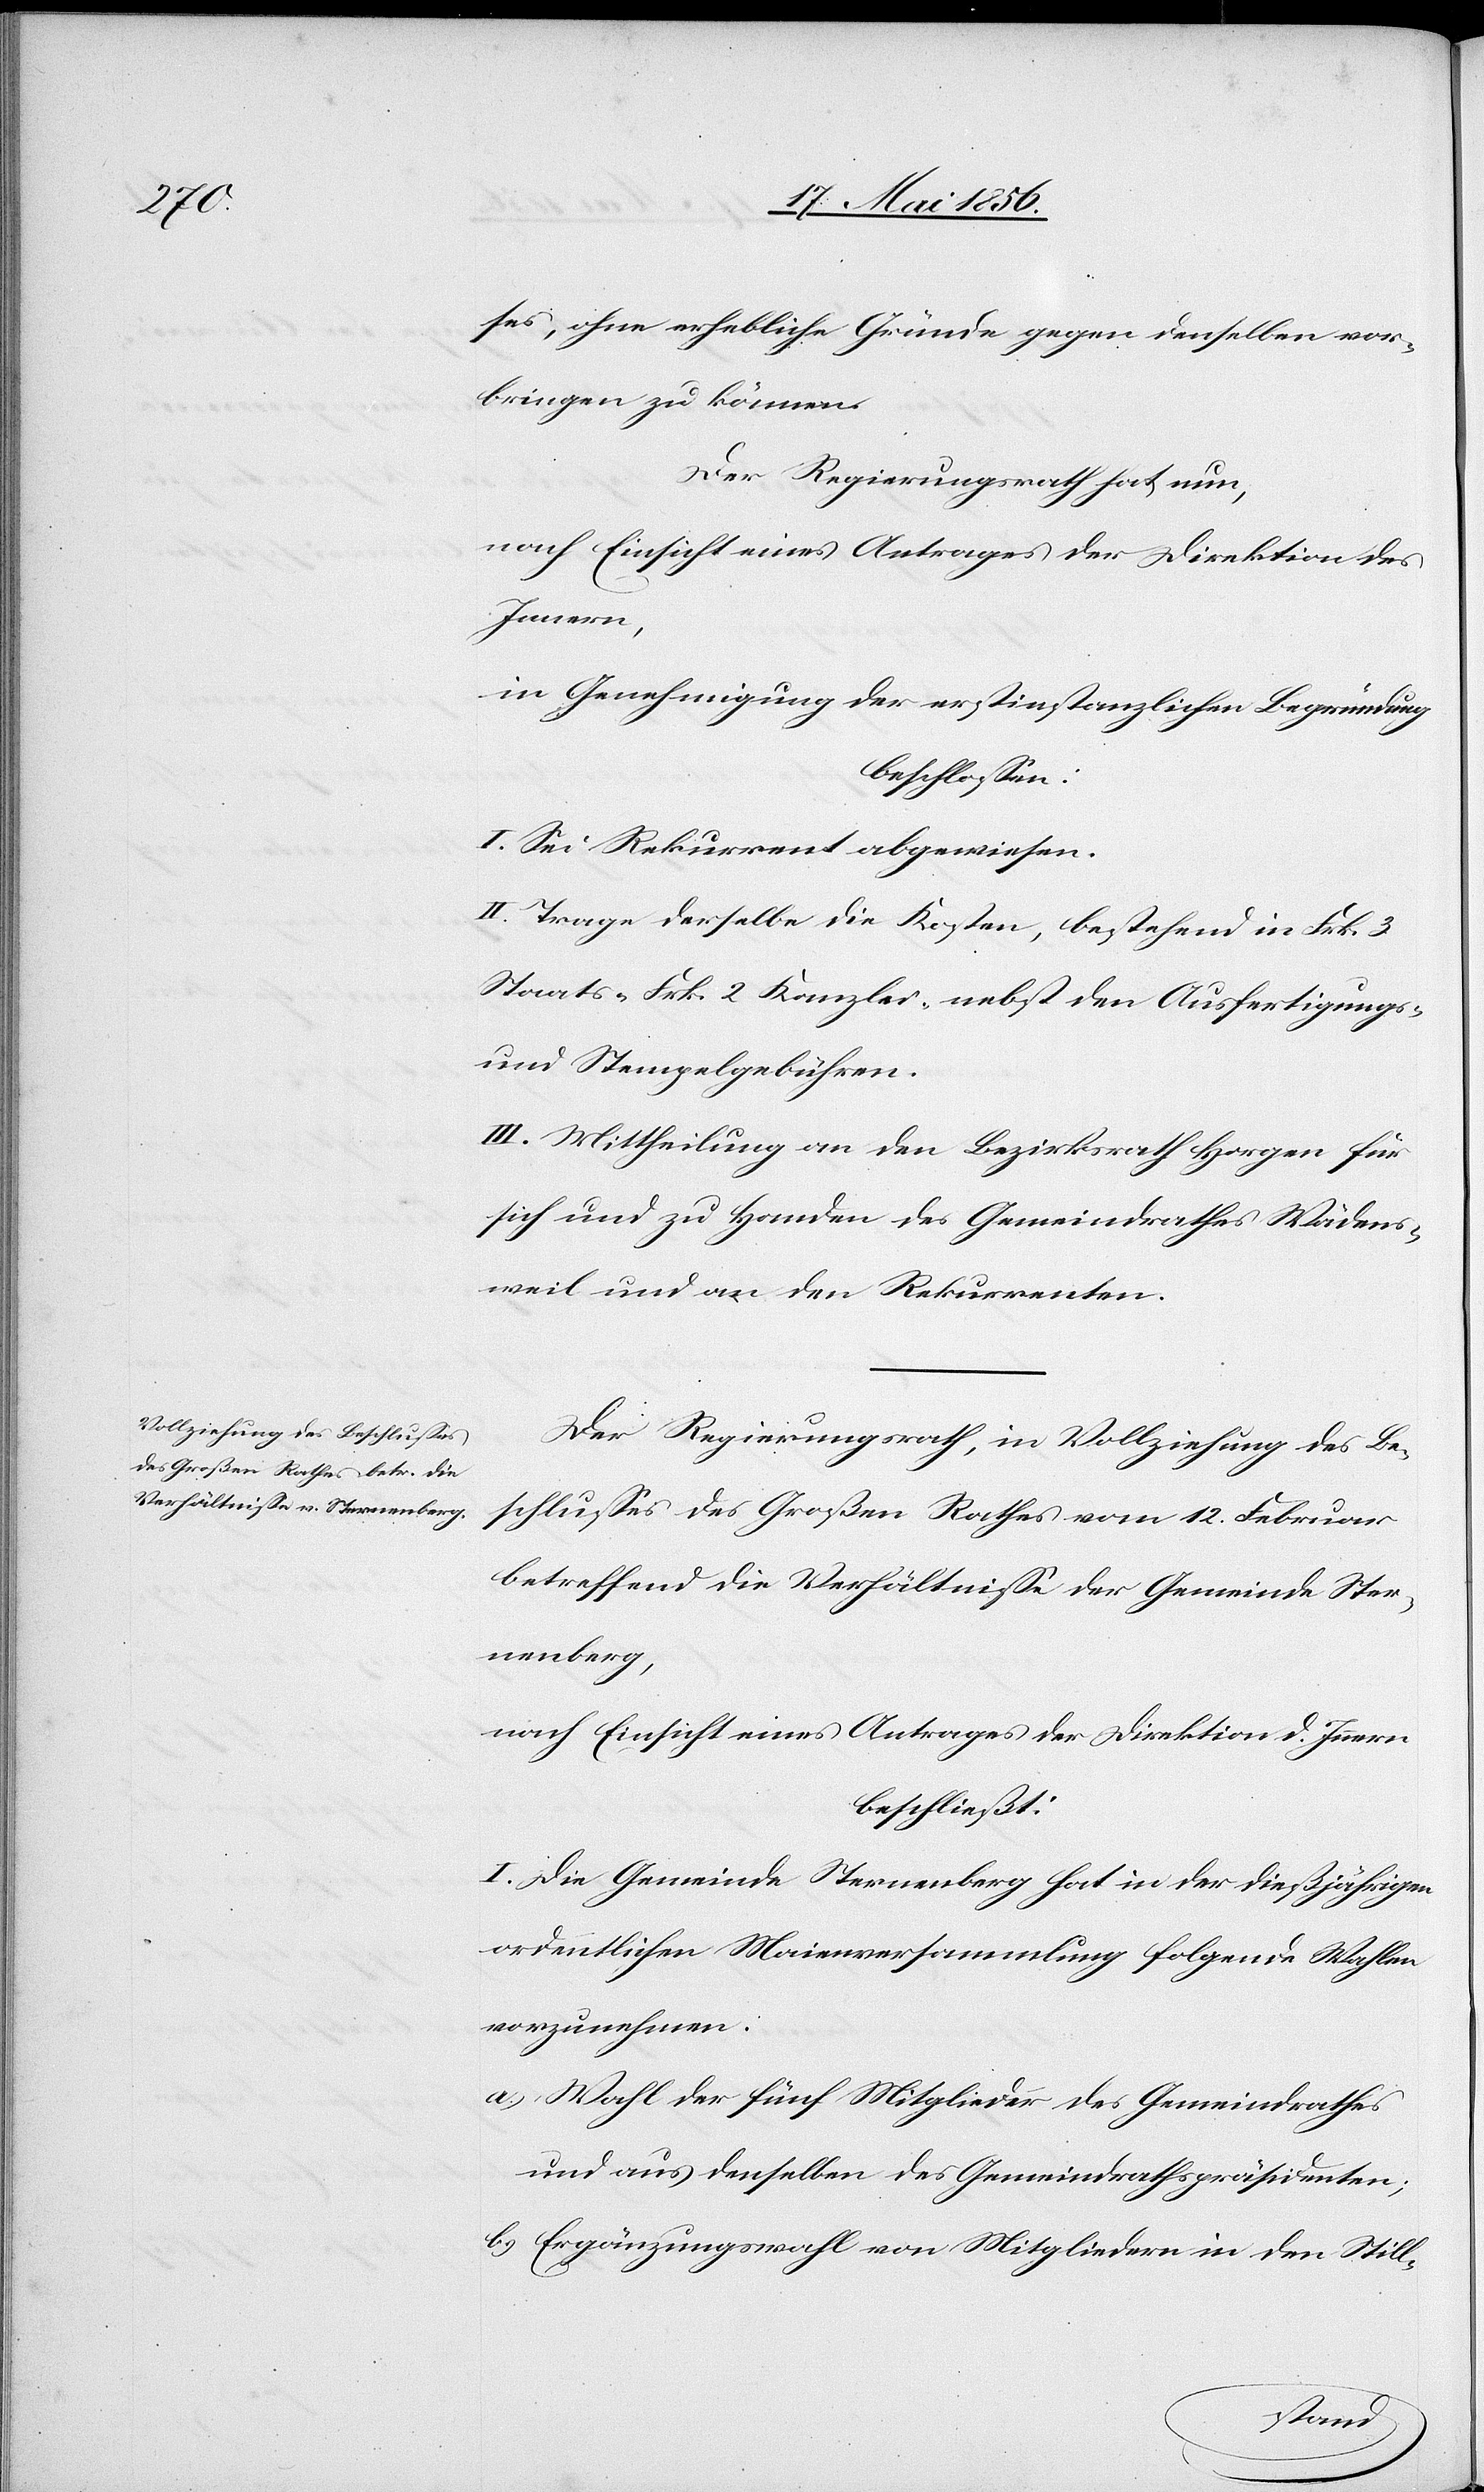
ses, ohne erhebliche Gründe gegen denselben vor¬
bringen zu können.
Der Regierungsrath hat nun,
nach Einsicht eines Antrages der Direktion des
Innern
in Genehmigung der erstinstanzlichen Begründung
beschlossen:
I. Sei Rekurrent abgewiesen.
II. Trage derselbe die Kosten, bestehend in Frk. 3
Staats [,] Frk. 2 Kanzlei- nebst den Ausfertigungs-
und Stempelgebühren.
III. Mittheilung an den Bezirksrath Horgen für
sich und zu Handen des Gemeindrath Wädens¬
weil und an den Rekurrenten.
Der Regierungsrath, in Vollziehung des Be¬
schlusses des Großen Rathes vom 12. Februar
betreffend die Verhältnisse der Gemeinde Ster¬
nenberg,
beschließt:
I. Die Gemeinde Sternenberg hat in der dießjährigen
ordentlichen Maienversammlung folgende Wahlen
vorzunehmen:
a.) Wahl der fünf Mitglieder des Gemeindrathes
und aus denselben des Gemeindrathspräsidenten;
b.) Ergänzungswahl von Mitgliedern in den Still-